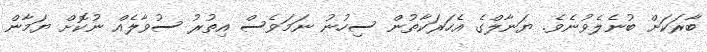
ބާރަކަށް ބުނެލެވުނެވެ. ޔަނާލްގެ އެހަރަކާތުން ސިހުނު ނަމަވެސް އިތުރު ސުވާލެއް ނުކޮށް ޔަމާން